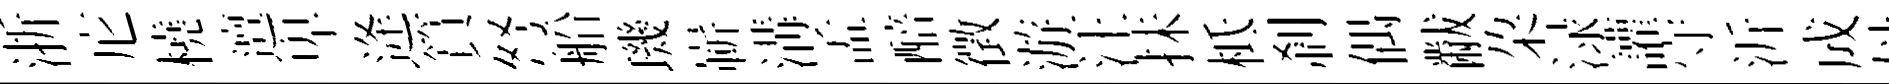
浙庀橈邅卑逄篔弩船璣嶄溝孟醅徵游汪抺柢刹偶黻朶渌讙守沂成母